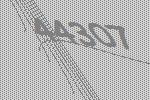
44307